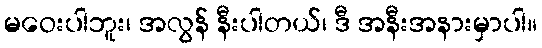
မဝေးပါဘူး၊ အလွန် နီးပါတယ်၊ ဒီ အနီးအနားမှာပါ။